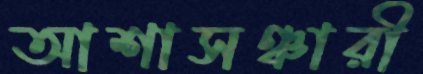
আশাসঞ্চারী